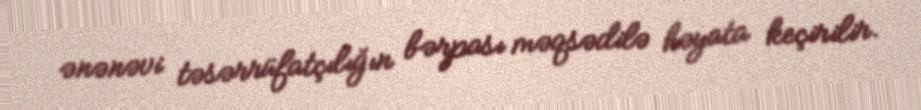
ənənəvi təsərrüfatçılığın bərpası məqsədilə həyata keçirilir.